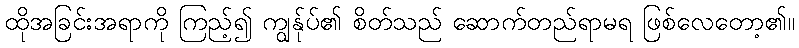
ထိုအခြင်းအရာကို ကြည့်၍ ကျွန်ုပ်၏ စိတ်သည် ဆောက်တည်ရာမရ ဖြစ်လေတော့၏။